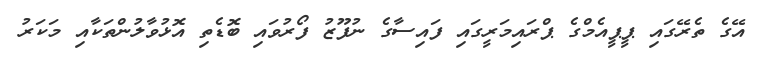
އޭގެ ތެރޭގައި ޕީޕީއެމްގެ ޕްރައިމަރީގައި ފައިސާގެ ނުފޫޒު ފޯރުވައި ބޮޑެތި އޮޅުވާލުންތަކާއި މަކަރު